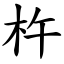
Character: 杵